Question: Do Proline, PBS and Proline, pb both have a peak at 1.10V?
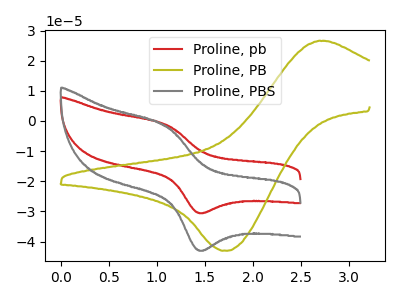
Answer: <think>The red curve "Proline, pb" has an anodic peak at (1.10V, -1.25uA) and a cathodic peak at (1.45V, -30.45uA). The olive curve "Proline, PB" has an anodic peak at (2.70V, 26.60uA) and a cathodic peak at (1.75V, -43.05uA). The gray curve "Proline, PBS" has an anodic peak at (1.10V, -1.75uA) and a cathodic peak at (1.45V, -42.85uA).</think>
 <answer>Yes, "Proline, PBS" and "Proline, pb" share a peak at 1.10V.</answer>
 <eval>match</eval>